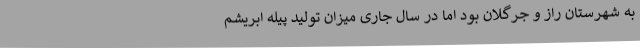
به شهرستان راز و جرگلان بود اما در سال جاری میزان تولید پیله ابریشم